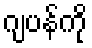
ဂျပန်ကို